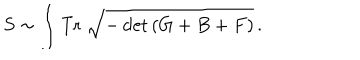
LaTeX: S \sim \int \mathrm { T r } \; \sqrt { - \det \left( G + B + F \right) } \, .